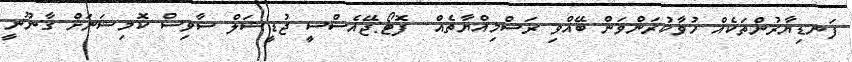
ފަނޑިޔާރުންތަކެއް ހުވާކުރަންވަން ބޭއްވި ރަސްމިއްޔާތެއް  ފޮޓޯ:ޖޭއެސްސީ ޖުޑީޝަލް ސާވިސް ކޮމިޝަނަށް ގާނޫނީ